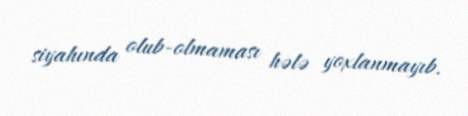
siyahında olub-olmaması hələ yoxlanmayıb.